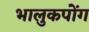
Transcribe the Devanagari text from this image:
भालुकपोंग